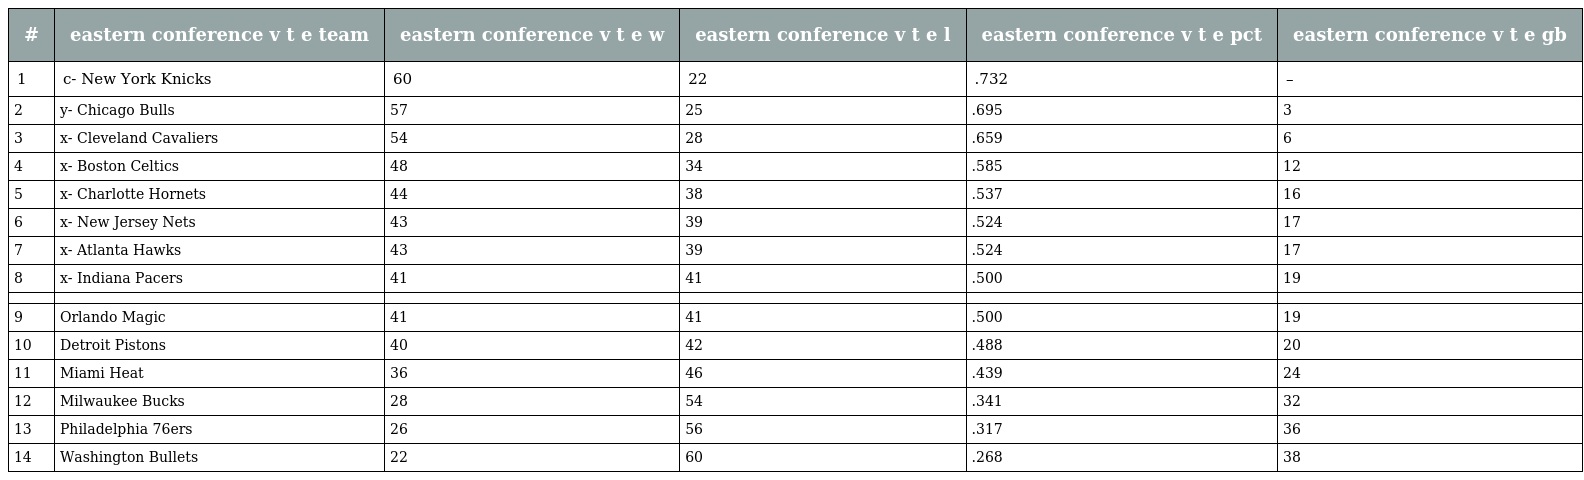
| # | eastern conference v t e team | eastern conference v t e w | eastern conference v t e l | eastern conference v t e pct | eastern conference v t e gb |
 | --- | --- | --- | --- | --- | --- |
 | 1 | c- New York Knicks | 60 | 22 | .732 | – |
 | 2 | y- Chicago Bulls | 57 | 25 | .695 | 3 |
 | 3 | x- Cleveland Cavaliers | 54 | 28 | .659 | 6 |
 | 4 | x- Boston Celtics | 48 | 34 | .585 | 12 |
 | 5 | x- Charlotte Hornets | 44 | 38 | .537 | 16 |
 | 6 | x- New Jersey Nets | 43 | 39 | .524 | 17 |
 | 7 | x- Atlanta Hawks | 43 | 39 | .524 | 17 |
 | 8 | x- Indiana Pacers | 41 | 41 | .500 | 19 |
 |  |  |  |  |  |  |
 | 9 | Orlando Magic | 41 | 41 | .500 | 19 |
 | 10 | Detroit Pistons | 40 | 42 | .488 | 20 |
 | 11 | Miami Heat | 36 | 46 | .439 | 24 |
 | 12 | Milwaukee Bucks | 28 | 54 | .341 | 32 |
 | 13 | Philadelphia 76ers | 26 | 56 | .317 | 36 |
 | 14 | Washington Bullets | 22 | 60 | .268 | 38 |